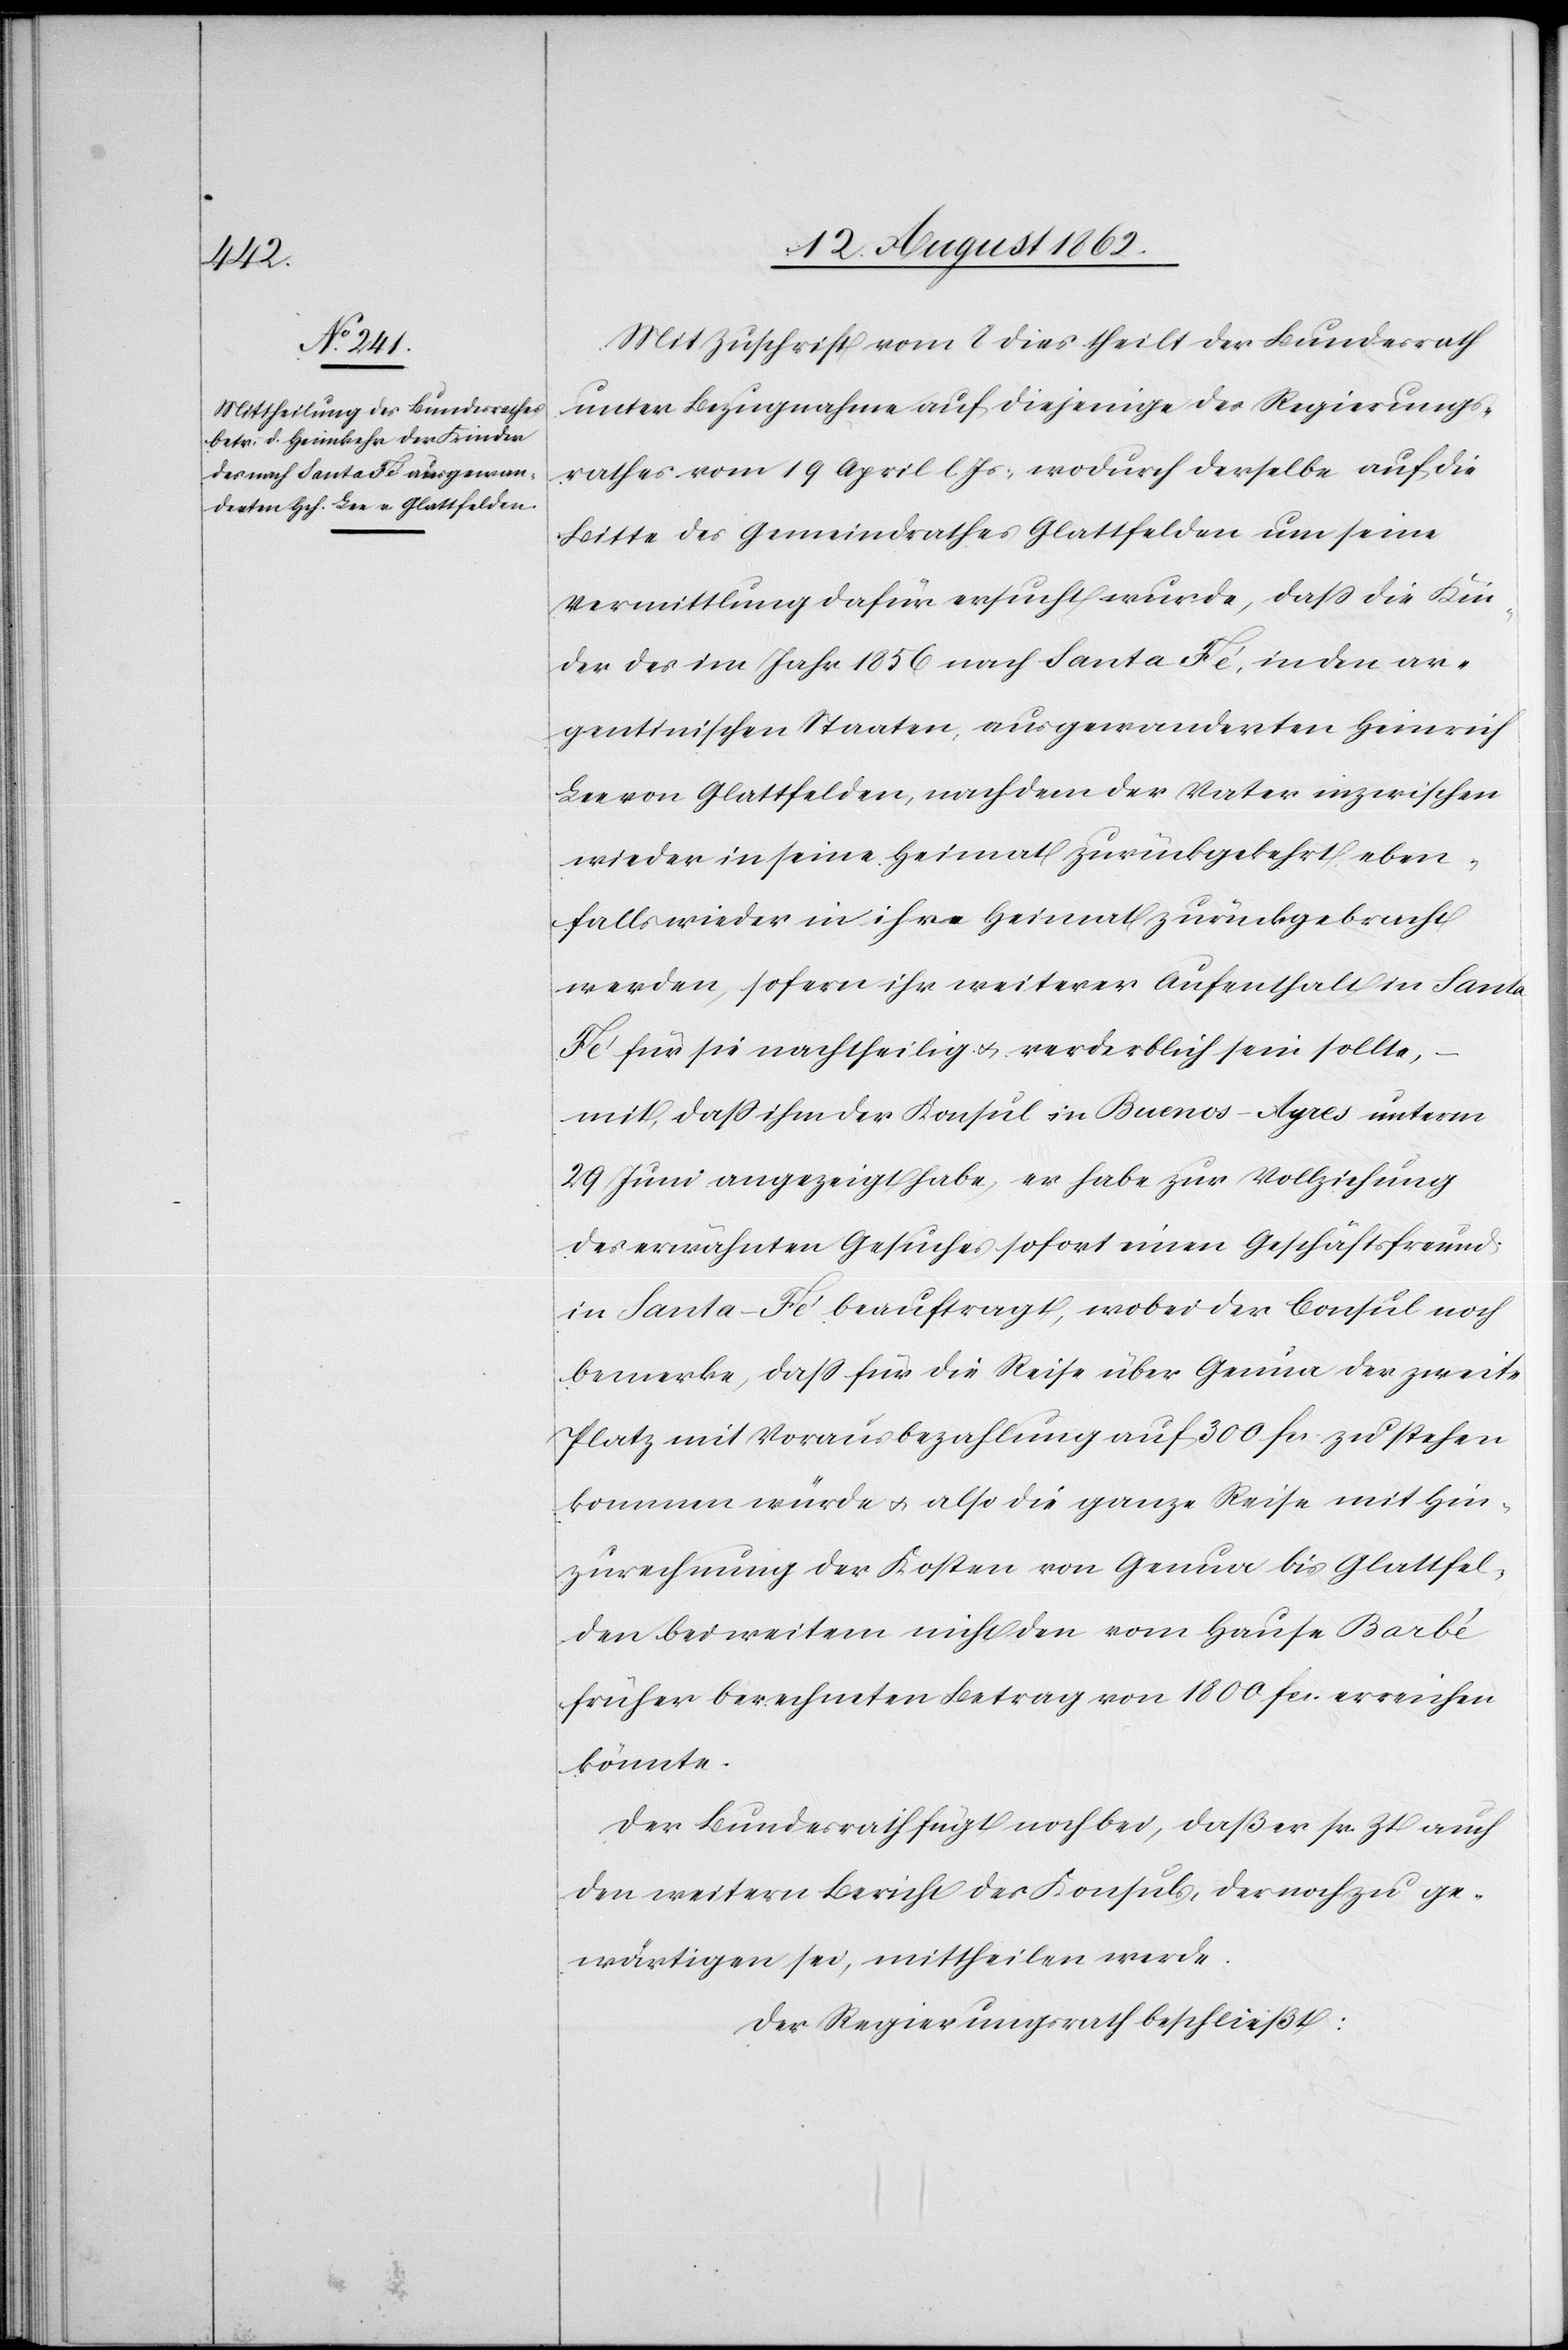
Mit Zuschrift vom 8. dies stellt der Bundesrath
unter Bezugnahme auf diejenige des Regierungs¬
rathes vom 19. April l. Js., wodurch derselbe auf die
Bitte des Gemeindrathes Glattfelden um seine
Vermittlung dafür ersucht wurde, daß die Kin¬
der des im Jahr 1856 nach Santa Fé, in den ar¬
gentinischen Staaten, ausgewanderten Heinrich
Lee von Glattfelden, nachdem der Vater inzwischen
wieder in seine Heimat zurückgekehrt, eben¬
falls wieder in ihre Heimat zurückgebracht
werden, sofern ihr weiterer Aufenthalt in Santa
Fé für sie nachtheilig u. verderblich sein sollte,
mit, daß ihm der Konsul in Buenos-Ayres unterm
29. Juni angezeigt habe, er habe zur Vollziehung
des erwähnten Gesuches sofort einen Geschäftsfreund
in Santa Fé beauftragt wobei der Consul noch
bemerke, daß für die Reise über Genua der zweite
Platz mit Vorausbezahlung auf 300 fcs. zu stehen
kommen würde u. also die ganze Reise mit Hin¬
zurechnung der Kosten von Genua bis Glattfel¬
den bei weitem nicht den vom Hause Barbé
früher berechneten Betrag von 1800 fcs. erreichen
könnte.
Der Bundesrath fügt noch bei, daß er sr. Zt. auch
den weitern Bericht des Konsuls, der noch zu ge¬
wärtigen sei, mittheilen werde.
Der Regierungsrath beschließt: